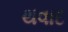
થવાદ